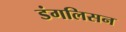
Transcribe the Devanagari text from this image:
डंगलिसन